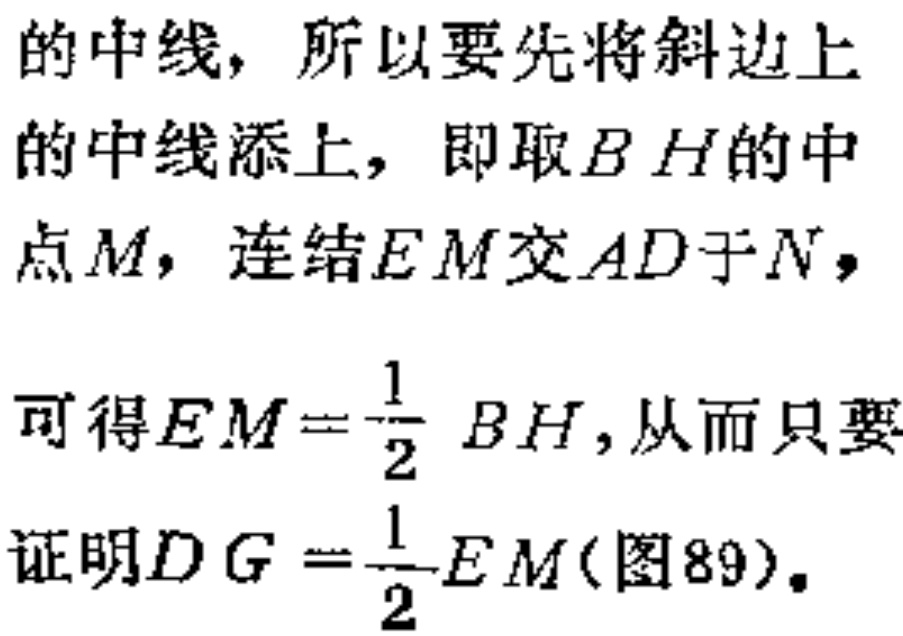
的中线，所以要先将斜边上

的中线添上，即取\(BH\)的中

点\(M\)，连结\(EM\)交\(AD\)于\(N\)，

可得\(EM = \frac{1}{2} BH\)，从而只要

证明\(DG = \frac{1}{2}EM\)(图89)。